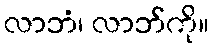
လာဘံ၊ လာဘ်ကို။